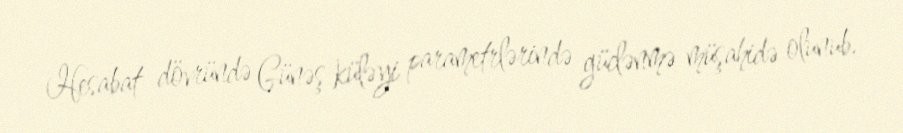
Hesabat dövründə Günəş küləyi parametrlərində güclənmə müşahidə olunub.